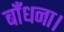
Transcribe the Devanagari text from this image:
बाँधना।